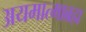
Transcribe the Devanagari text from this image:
अयमात्माब्रह्म